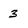
Character: 3